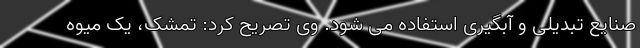
صنایع تبدیلی و آبگیری استفاده می شود. وی تصریح کرد: تمشک، یک میوه